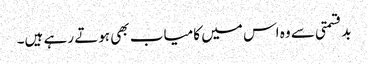
بدقسمتی سے وہ اس میں کامیاب بھی ہوتے رہے ہیں۔